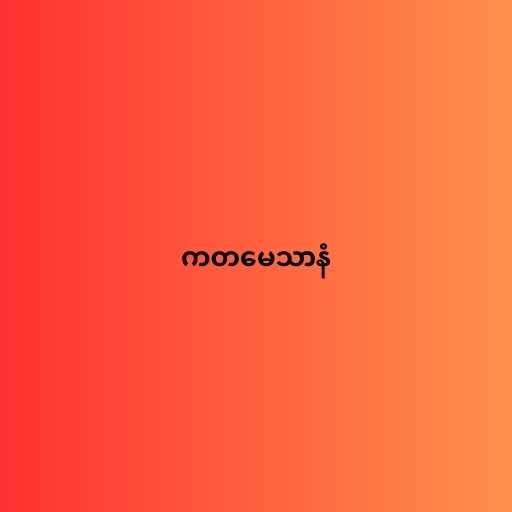
ကတမေသာနံ